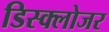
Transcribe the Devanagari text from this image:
डिस्क्लोजर